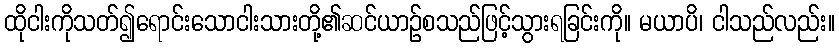
ထိုငါးကိုသတ်၍ရောင်းသောငါးသားတို့၏ဆင်ယာဉ်စသည်ဖြင့်သွားရခြင်းကို။ မယာပိ၊ ငါသည်လည်း။